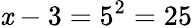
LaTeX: \mathit{x}-3=5^{2}=25